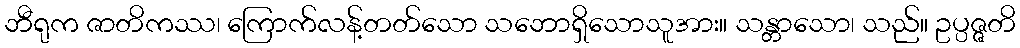
ဘီရုက ဇာတိကဿ၊ ကြောက်လန့်တတ်သော သဘောရှိသောသူအား။ သန္တာသော၊ သည်။ ဥပ္ပဇ္ဇတိ